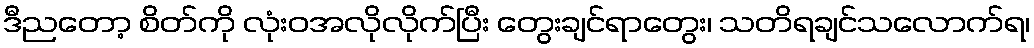
ဒီညတော့ စိတ်ကို လုံးဝအလိုလိုက်ပြီး တွေးချင်ရာတွေး၊ သတိရချင်သလောက်ရ၊